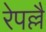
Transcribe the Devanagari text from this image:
रेपल्लै